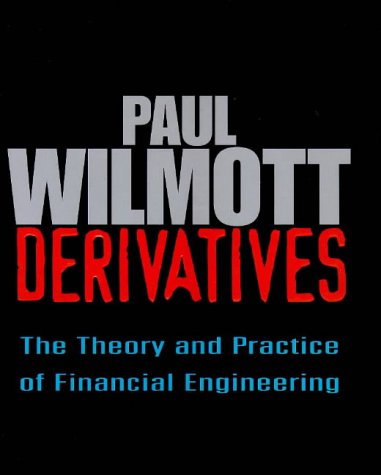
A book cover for Derivatives : The Theory and Practice of Financial Engineering (Wiley Frontiers in Finance Series); Paul Wilmott; Business & Money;